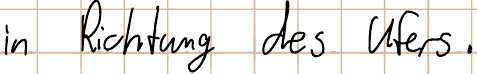
in Richtung des Ufers.